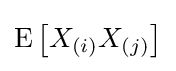
\operatorname {E} \left[X_{(i)}X_{(j)}\right]